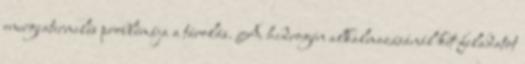
energiatermelés problémája a tárolás. A hidrogén alkalmazásánál két feladatot